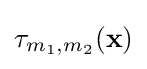
\tau _{m_{1},m_{2}}(\mathbf {x} )